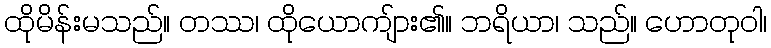
ထိုမိန်းမသည်။ တဿ၊ ထိုယောကျ်ား၏။ ဘရိယာ၊ သည်။ ဟောတုဝါ၊